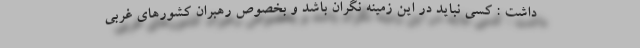
داشت : کسی نباید در این زمینه نگران باشد و بخصوص رهبران کشورهای غربی